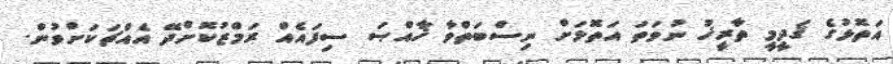
އަތޮޅުގެ ޤަދީމީ ތާރީޚު ނުވަތަ އަތޮޅަށް ނިސްބަތްވާ ޚާއްޞަ ސިފައެއް ރަމްޒުކޮށްދޭ އެއްޗަކަށްވުން.